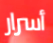
أسرار